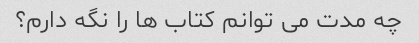
چه مدت می توانم کتاب ها را نگه دارم؟